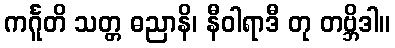
ကင်္ဂူတိ သတ္တ ဓညာနိ၊ နီဝါရာဒီ တု တဗ္ဘိဒါ။